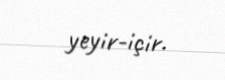
yeyir-içir.